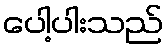
ပေါ့ပါးသည်